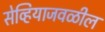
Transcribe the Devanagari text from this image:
सेव्हियाजवळील